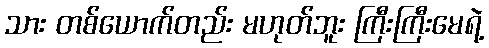
သား တစ်ယောက်တည်း မဟုတ်ဘူး ကြီးကြီးမေရဲ့